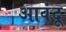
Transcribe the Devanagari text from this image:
आवंदू